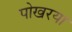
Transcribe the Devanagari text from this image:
पोखरया